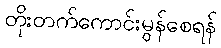
တိုးတက်ကောင်းမွန်စေရန်